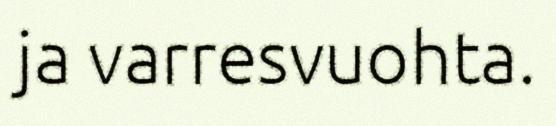
ja varresvuohta.